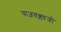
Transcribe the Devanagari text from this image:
याज्ञवक्ल्यजी